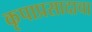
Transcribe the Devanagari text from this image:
कृपाप्रसादाचा